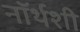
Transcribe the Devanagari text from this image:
नॉर्थशी